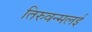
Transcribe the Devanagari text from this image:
तिरुवन्मलई